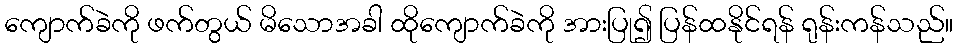
ကျောက်ခဲကို ဖက်တွယ် မိသောအခါ ထိုကျောက်ခဲကို အားပြု၍ ပြန်ထနိုင်ရန် ရုန်းကန်သည်။